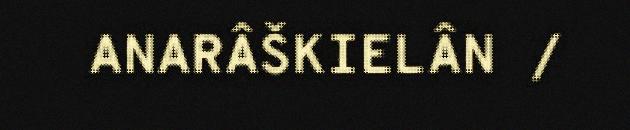
ANARÂŠKIELÂN /